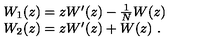
\begin{array} { l } { W _ { 1 } ( z ) = z W ^ { \prime } ( z ) - \frac { 1 } { N } W ( z ) \vspace { 1 m m } } \\ { W _ { 2 } ( z ) = z W ^ { \prime } ( z ) + W ( z ) \ . } \\ \end{array}